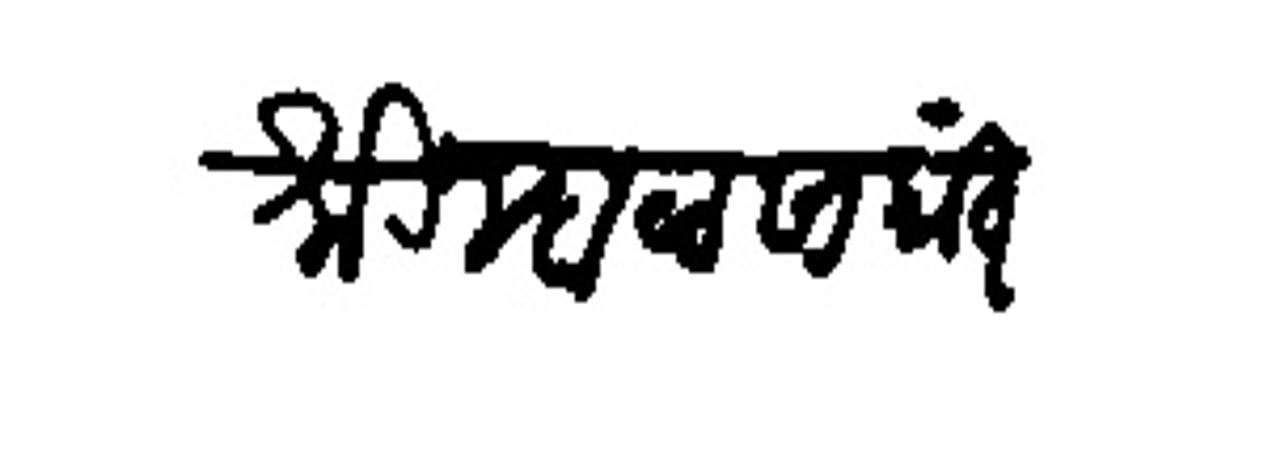
Transliteration (Devanagari): श्री म्हळसाकांत